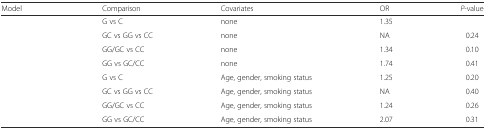
<table><thead><tr><td><b>Model</b></td><td><b>Comparison</b></td><td><b>Covariates</b></td><td><b>OR</b></td><td><b><i>P</i>-value</b></td></tr></thead><tbody><tr><td>[EMPTY_CELL]</td><td>G vs C</td><td>none</td><td>1.35</td><td>[EMPTY_CELL]</td></tr><tr><td>[EMPTY_CELL]</td><td>GC vs GG vs CC</td><td>none</td><td>NA</td><td>0.24</td></tr><tr><td>[EMPTY_CELL]</td><td>GG/GC vs CC</td><td>none</td><td>1.34</td><td>0.10</td></tr><tr><td>[EMPTY_CELL]</td><td>GG vs GC/CC</td><td>none</td><td>1.74</td><td>0.41</td></tr><tr><td>[EMPTY_CELL]</td><td>G vs C</td><td>Age, gender, smoking status</td><td>1.25</td><td>0.20</td></tr><tr><td>[EMPTY_CELL]</td><td>GC vs GG vs CC</td><td>Age, gender, smoking status</td><td>NA</td><td>0.40</td></tr><tr><td>[EMPTY_CELL]</td><td>GG/GC vs CC</td><td>Age, gender, smoking status</td><td>1.24</td><td>0.26</td></tr><tr><td>[EMPTY_CELL]</td><td>GG vs GC/CC</td><td>Age, gender, smoking status</td><td>2.07</td><td>0.31</td></tr></tbody></table>